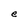
Character: e